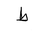
Letter: _da